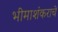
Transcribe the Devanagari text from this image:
भीमाशंकराचे